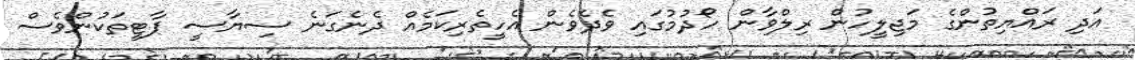
އަދި ރައްޔިތުންގެ މަޖިލީހުން ރިލްވާން ހޯދުމުގައި ވެދެވެން އެހީތެރިކަމެއް ދެނެގަނެ ސިޔާސީ ޕާޓީތަކުންވެސް